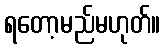
ရတော့မည်မဟုတ်။